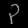
Digit: ၃